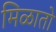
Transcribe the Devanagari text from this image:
मिळातो